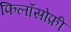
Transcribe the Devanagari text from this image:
फिलॉसोफ़ी